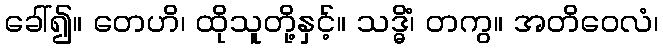
ခေါ်၍။ တေဟိ၊ ထိုသူတို့နှင့်။ သဒ္ဓိံ၊ တကွ။ အတိဝေလံ၊